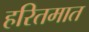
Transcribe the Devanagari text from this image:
हरितमात